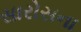
સારોસના